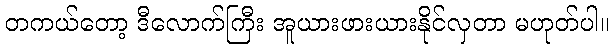
တကယ်တော့ ဒီလောက်ကြီး အူယားဖားယားနိုင်လှတာ မဟုတ်ပါ။